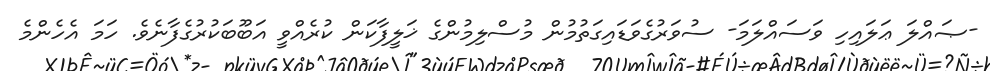
-ޞައްލަ ޢަލައިހި ވަސައްލަމަ- ސުވަރުގެވަޑައިގަތުމުން މުސްލިމުންގެ ޚަލީފާކަން ކުރެއްވީ އަބޫބަކުރުގެފާނެވެ. ހަމަ އެހެންމެ